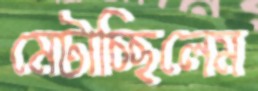
মেটাচ্ছিলেম